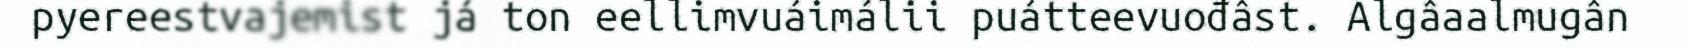
pyereestvajemist já ton eellimvuáimálii puátteevuođâst. Algâaalmugân